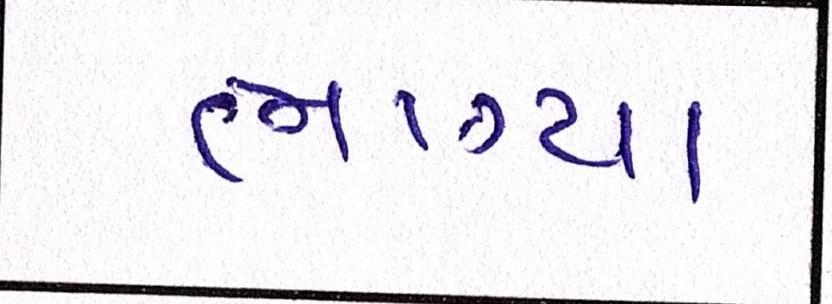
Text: ભાગ્યા